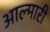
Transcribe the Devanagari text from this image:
आल्मारी